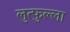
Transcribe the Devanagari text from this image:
लुत्फुल्ला